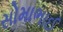
સોમાભાઈ